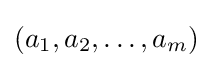
(a_{1},a_{2},\dots ,a_{m})